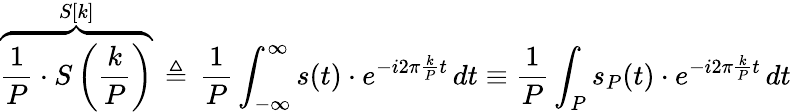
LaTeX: \overbrace{{\frac{1}{P}}\cdot S\left({\frac{k}{P}}\right)}^{S[k]}\, \triangleq\, {\frac{1}{P}}\int_{-\infty}^{\infty}s(t)\cdot e^{-i2\pi{\frac{k}{P}}t}\, dt\equiv{\frac{1}{P}}\int_{P}s_{P}(t)\cdot e^{-i2\pi{\frac{k}{P}}t}\, dt